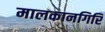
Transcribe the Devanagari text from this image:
मालकानगिरि